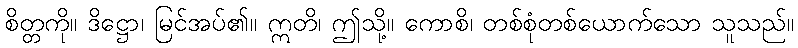
စိတ္တကို။ ဒိဋ္ဌော၊ မြင်အပ်၏။ ဣတိ၊ ဤသို့။ ကောစိ၊ တစ်စုံတစ်ယောက်သော သူသည်။